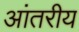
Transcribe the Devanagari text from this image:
आंतरीय